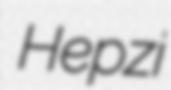
Hepzi